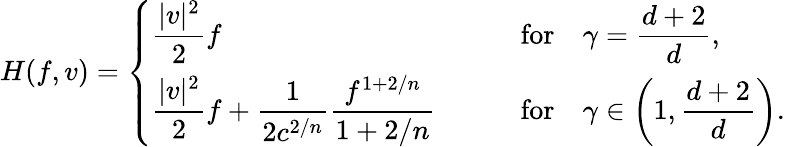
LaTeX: H(f,v)=\left\{ \begin{array}{ll}{\displaystyle\frac{|v|^{2}}{2}f\qquad}&{\mathrm{for}\quad\displaystyle\gamma=\frac{d+2}{d},}\\ {\displaystyle\frac{|v|^{2}}{2}f+\frac{1}{2c^{2/n}}\frac{f^{1+2/n}}{1+2/n}\qquad}&{\mathrm{for}\quad\displaystyle\gamma\in\left(1,\frac{d+2}d\right).}\end{array}\right.